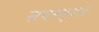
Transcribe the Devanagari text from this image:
सपरमुराद